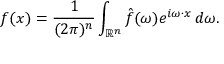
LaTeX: f ( x ) = { \frac { 1 } { ( 2 \pi ) ^ { n } } } \int _ { \mathbb { R } ^ { n } } { \hat { f } } ( \omega ) e ^ { i \omega \cdot x } \, d \omega .